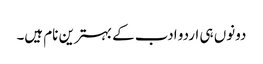
دونوں ہی اردو ادب کے بہترین نام ہیں۔